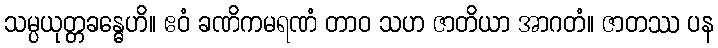
သမ္ပယုတ္တခန္ဓေဟိ။ ဧဝံ ခဏိကမရဏံ တာဝ သဟ ဇာတိယာ အာဂတံ။ ဇာတဿ ပန